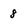
Character: 8